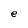
Character: e